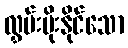
လွှမ်းမိုးနိုင်သော